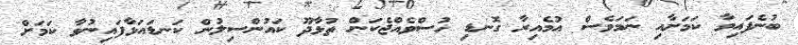
ބުނެފައިވާ ކަމަށާއި ނަމަވެސް އުމެއިރާ ގޮނޑި ހުސްވެއްޖެކަން ތުޅާދޫ ކައުންސިލުން ކަނޑައަޅާފައިނުވާ ކަމަށް